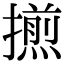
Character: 𢶕